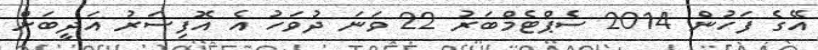
އޭގެ ފަހުން 2014 ސެޕްޓެމްބަރު 22 ވަނަ ދުވަހު އެ އޮފިސަރު އަދީބަށް